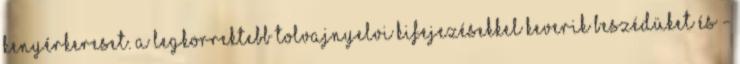
kenyérkereset. A legkorrektebb tolvajnyelvi kifejezésekkel keverik beszédüket és -